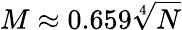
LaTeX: M\approx 0.659\sqrt[4]{N}